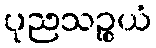
ပုညသဉ္စယံ